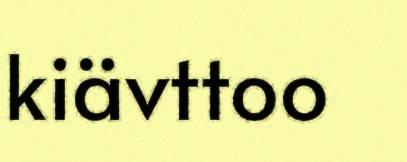
kiävttoo